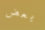
بعض